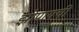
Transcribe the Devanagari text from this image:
झोपायची